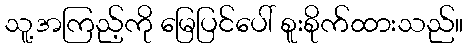
သူ့အကြည့်ကို မြေပြင်ပေါ် စူးစိုက်ထားသည်။